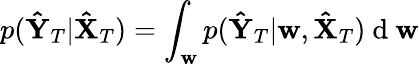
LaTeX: p({\mathbf{\hat{Y}}_{T}|\mathbf{\hat{X}}_{T}})=\int_{\mathbf{w}}p(\mathbf{\hat{Y}}_{T}|\mathbf{w},\mathbf{\hat{X}}_{T})\mathrm{~d~}\mathbf{w}